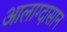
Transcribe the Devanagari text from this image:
आलाग्दासान